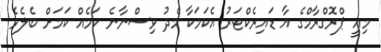
މިއީ ޕްރޮގްރާމްގެ އާ ޑައިރެކްޓަރު އެކަމަކާ މެދު ވިސްނާނެ ކަމެއް ކަމަށް ބެލެވެ